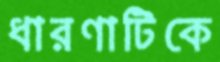
ধারণাটিকে